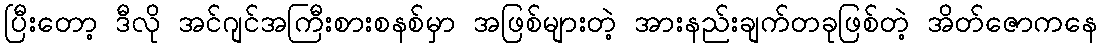
ပြီးတော့ ဒီလို အင်ဂျင်အကြီးစားစနစ်မှာ အဖြစ်များတဲ့ အားနည်းချက်တခုဖြစ်တဲ့ အိတ်ဇောကနေ